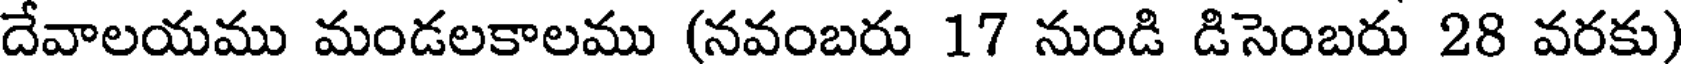
దేవాలయము మండలకాలము (నవంబరు 17 నుండి డిసెంబరు 28 వరకు)